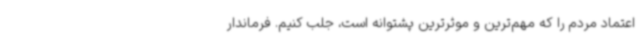
اعتماد مردم را که مهم‌ترین و موثرترین پشتوانه است، جلب کنیم. فرماندار